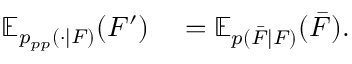
\begin{array} { r l } { \mathbb { E } _ { p _ { p p } ( \cdot | F ) } ( F ^ { \prime } ) } & { { } = \mathbb { E } _ { p ( \bar { F } | F ) } ( \bar { F } ) . } \end{array}